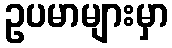
ဥပမာများမှာ